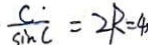
\frac { C } { \sin C } = 2 R = 4